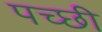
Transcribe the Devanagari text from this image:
पच्‍छी